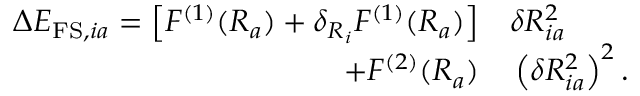
\begin{array} { r l } { \Delta E _ { \mathrm { F S } , i a } = \left[ F ^ { ( 1 ) } ( R _ { a } ) + \delta _ { R _ { i } } F ^ { ( 1 ) } ( R _ { a } ) \right] } & { { } \delta R _ { i a } ^ { 2 } } \\ { + F ^ { ( 2 ) } ( R _ { a } ) } & { { } \left( \delta R _ { i a } ^ { 2 } \right) ^ { 2 } . } \end{array}